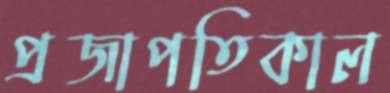
প্রজাপতিকাল